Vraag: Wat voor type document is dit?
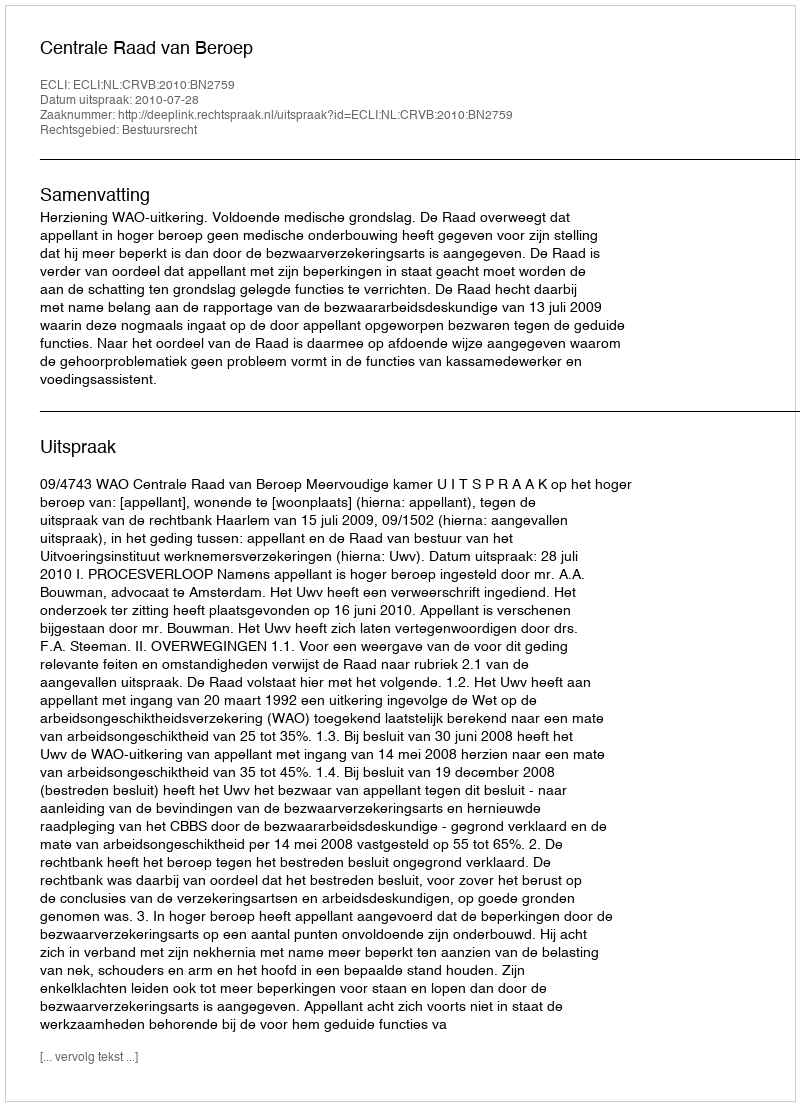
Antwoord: Uitspraak